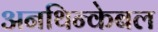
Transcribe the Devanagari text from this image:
अनथिन्केबल